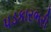
પડકારભરી